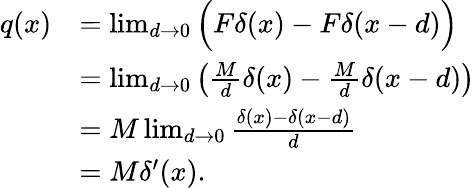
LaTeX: {\begin{array}{rl}{q(x)}&{=\operatorname*{lim}_{d\to 0}{\Big(}F\delta(x)-F\delta(x-d){\Big)}}\\ &{=\operatorname*{lim}_{d\to 0}\left({\frac{M}{d}}\delta(x)-{\frac{M}{d}}\delta(x-d)\right)}\\ &{=M\operatorname*{lim}_{d\to 0}{\frac{\delta(x)-\delta(x-d)}{d}}}\\ &{=M\delta^{\prime}(x).}\end{array}}